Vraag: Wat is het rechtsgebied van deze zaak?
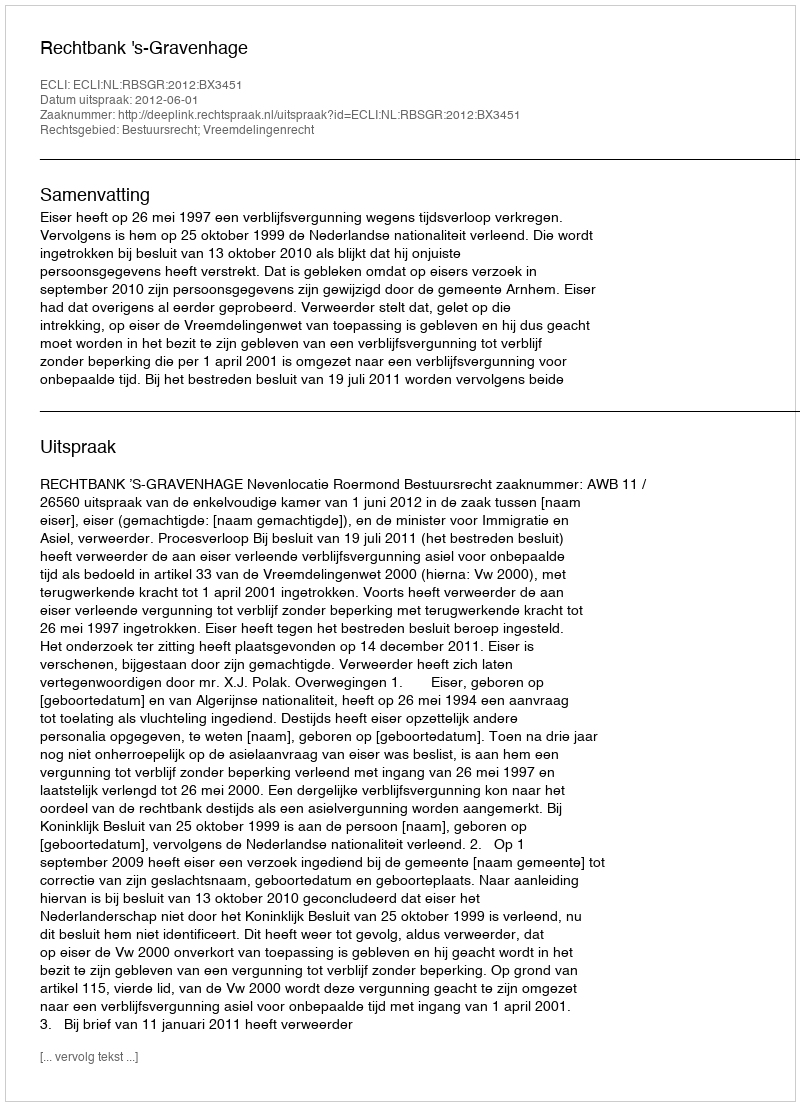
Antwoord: Bestuursrecht; Vreemdelingenrecht